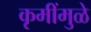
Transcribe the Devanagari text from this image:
कृमींमुळे